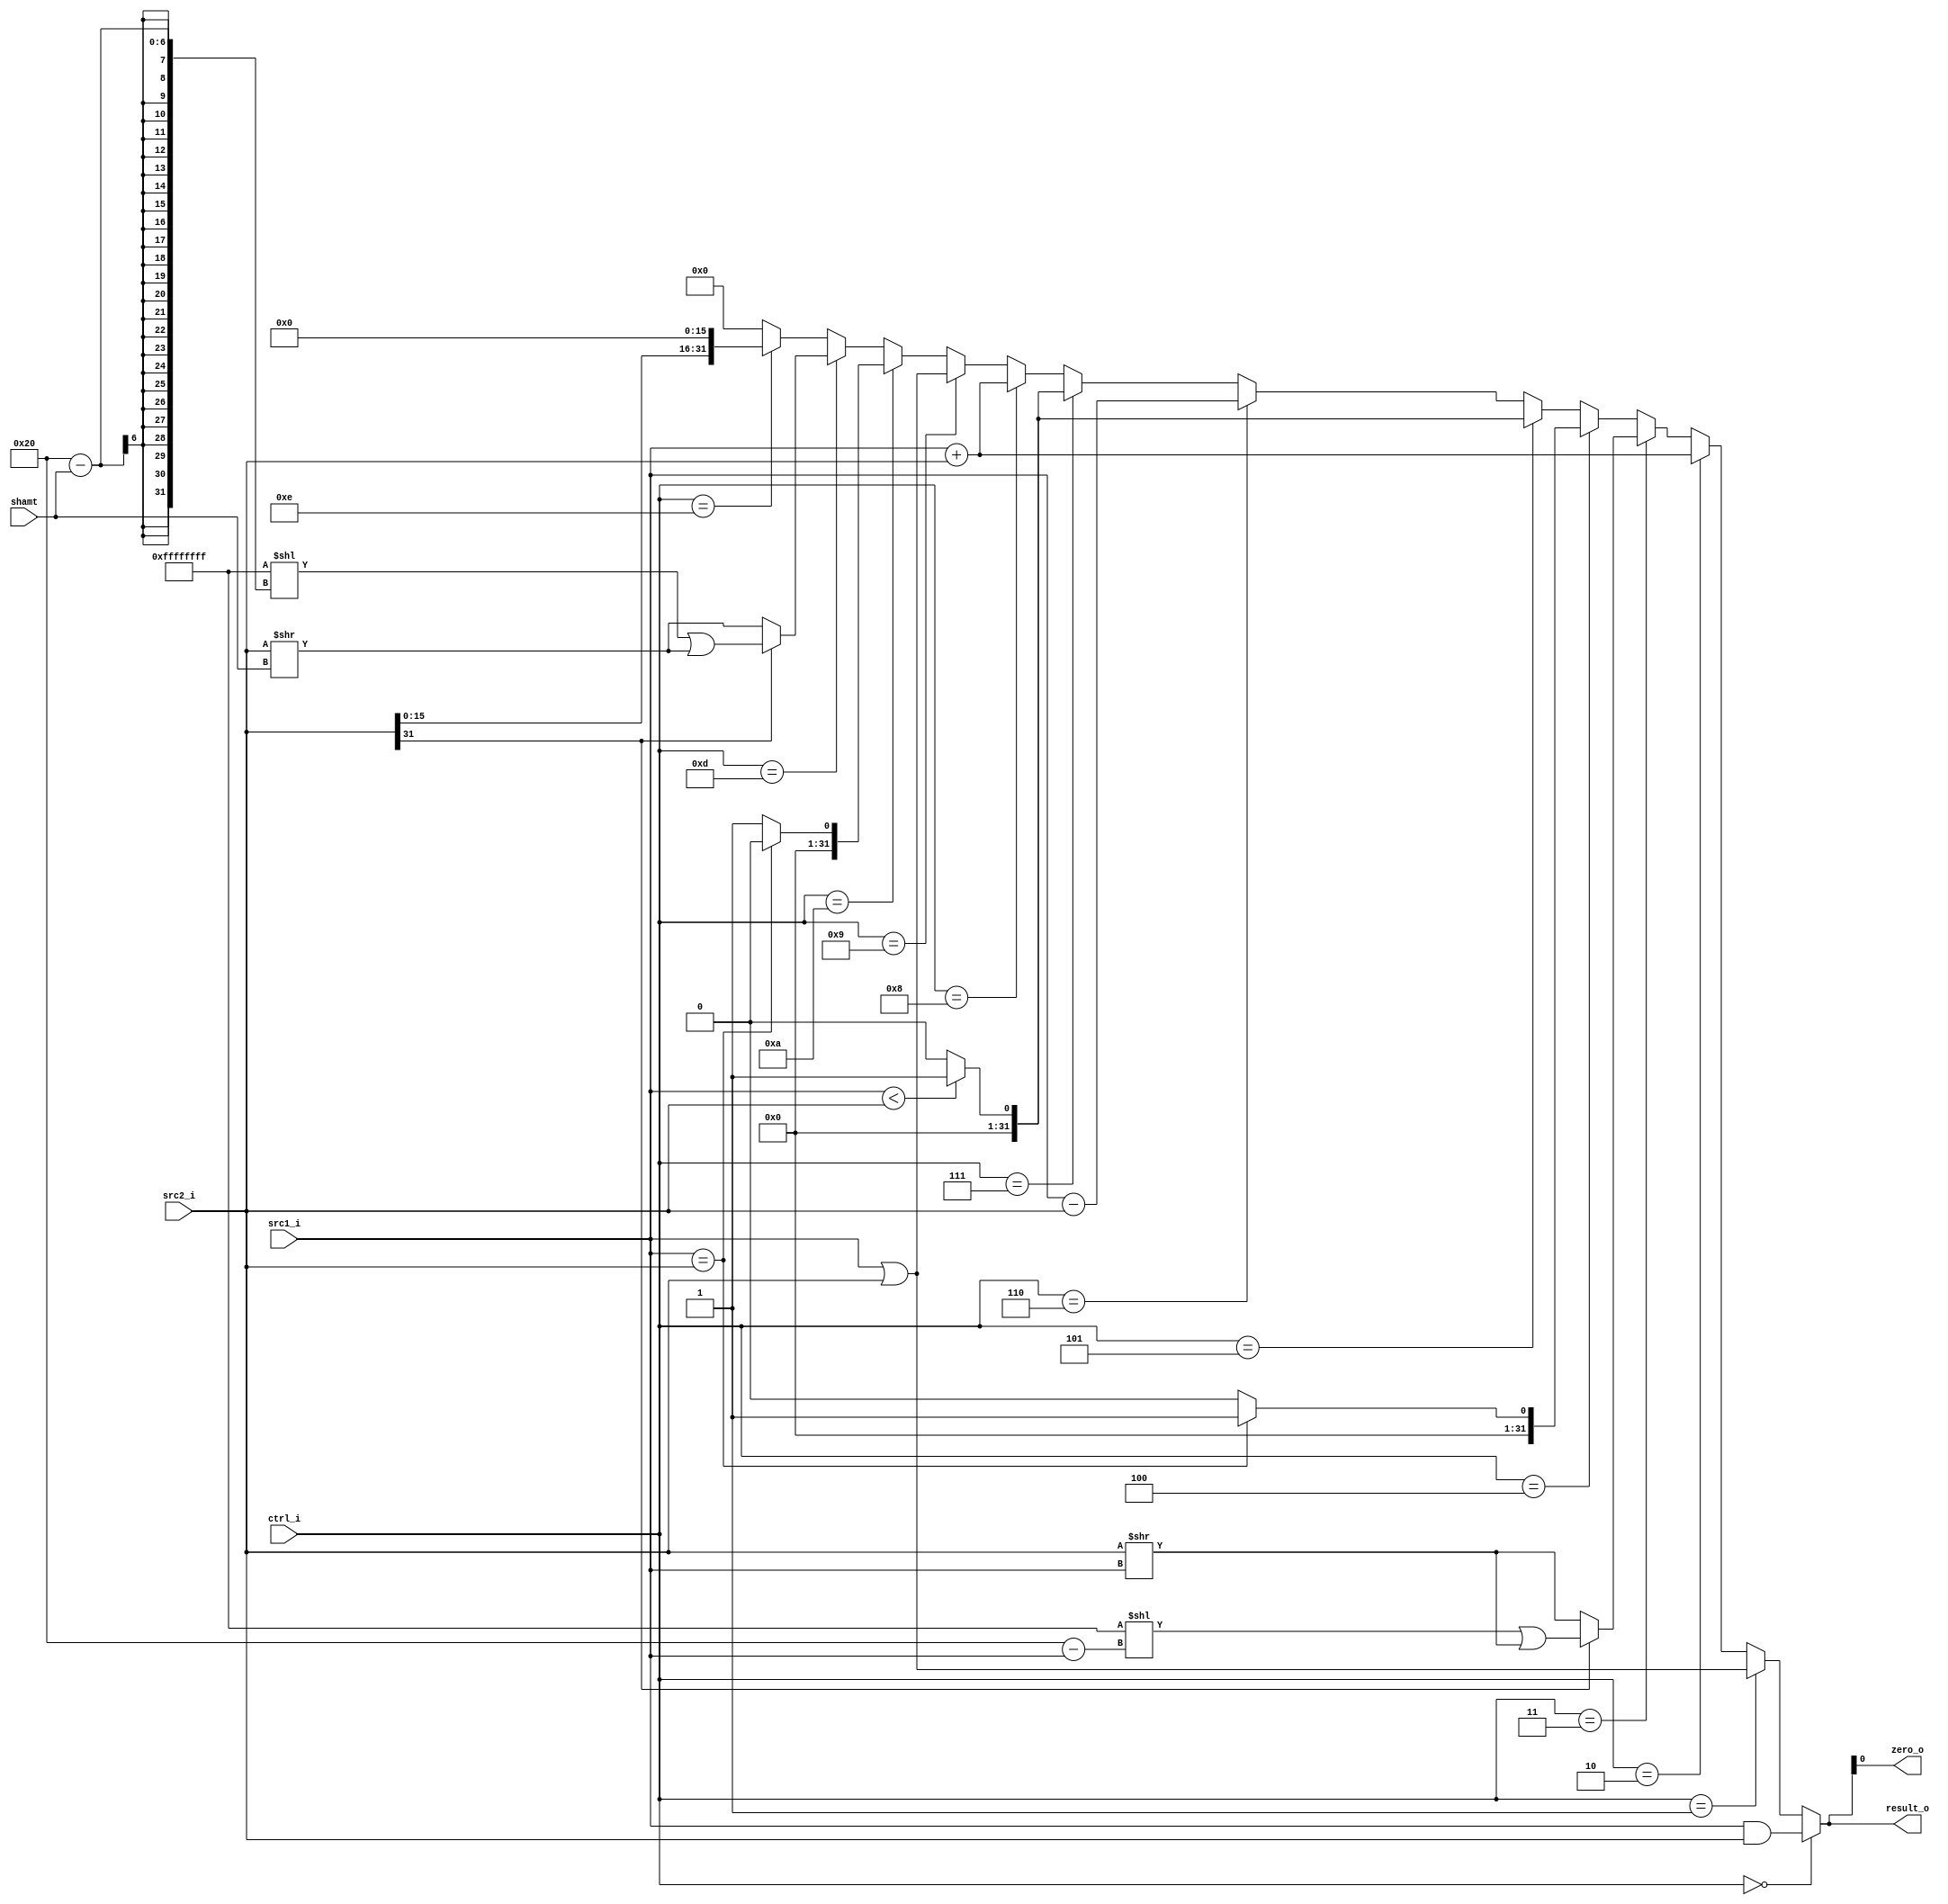
//Subject:     CO project 2 - ALU
//--------------------------------------------------------------------------------
//Version:     1
//--------------------------------------------------------------------------------
//Writer:      
//----------------------------------------------
//Date:        
//----------------------------------------------
//Description: 
//--------------------------------------------------------------------------------

module ALU(
    src1_i,
	src2_i,
	ctrl_i,
	result_o,
	zero_o, 
	shamt
	);
     
//I/O ports
input  [32-1:0]  src1_i;
input  [32-1:0]	 src2_i;
input  [4-1: 0]  ctrl_i;
input  [5-1: 0]   shamt;   

output [32-1:0]	 result_o;
output           zero_o;

//Internal signals
reg    [32-1:0]  result_o;
wire             zero_o;
integer          i = 0;
reg    [32-1:0] ones = 32'b11111111111111111111111111111111;
reg    [32-1:0] reg_2;
//assign src2_i[31:16] = (src2_i[15] == 1'b1)?;
//Parameter
assign zero_o = result_o ;
//Main function
always @(ctrl_i,src1_i,src2_i)begin
 // case (ctrl_i)
    ones = 32'b11111111111111111111111111111111;
    if(ctrl_i == 0)result_o<= src1_i&src2_i;                                //or
    else if(ctrl_i == 1)result_o<= src1_i | src2_i;                         //and
	else if(ctrl_i == 2)result_o<=src1_i+src2_i;                            //addu 
	else if(ctrl_i == 3)                                               //srav
    begin                                              
             if(src2_i[31] == 1)begin
               ones = ones << (32-src1_i);
               reg_2 = src2_i>>src1_i;
               result_o<= (ones | reg_2 );
             end
             else result_o<=src2_i>>src1_i;
    end                       
	else if(ctrl_i == 4)result_o<= (src1_i == src2_i)? 1'b1:1'b0;           //beq
	else if(ctrl_i == 5)result_o<= (src1_i < src2_i)? 1'b1:1'b0;            //sltiu
	else if(ctrl_i == 6)result_o<=src1_i-src2_i;                            //subu
	else if(ctrl_i == 7)result_o<= (src1_i < src2_i)? 1'b1:1'b0;            //slt
	else if(ctrl_i == 8)result_o[31:0]<= src1_i[31:0] + src2_i[31:0];       //addi 
	else if(ctrl_i == 9)result_o<= (src1_i | src2_i);                       //ORI
	else if(ctrl_i == 10)result_o<= (src1_i == src2_i)? 1'b0:1'b1;          //bne
	else if(ctrl_i == 13)begin                                              //sra
	     if(src2_i[31] == 1)begin
	       ones = ones << (32-shamt);
	       reg_2 = src2_i>>shamt;
	       result_o<= (ones | reg_2 );
	     end
	     else result_o<=src2_i>>shamt;
    end
	else if(ctrl_i == 14)result_o<= src2_i<<16;                             //LUI  
	else result_o<= 0;
	//default: result_o<=0;
 // endcase
end


endmodule